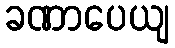
ခဏာပေယျ